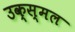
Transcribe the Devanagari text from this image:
उक्स्मल